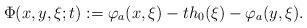
LaTeX: \begin{align*}\Phi(x,y,\xi;t):=\varphi_a(x,\xi)-th_0(\xi)-\varphi_a(y,\xi).\end{align*}